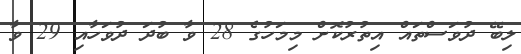
ލިބޭ ދުވަސްތައް އިތުރުކޮށް މިމަހުގެ 28 ވާ ބުދަ ދުވަހާއި 29 ވާ